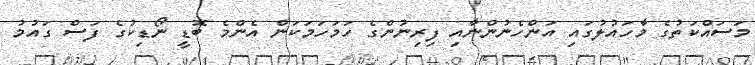
މަސައްކަތުގެ މާހައުލުގައި އަންހެނުންނާއި ފިރިނުންގެ ހަމަހަމަކަން އެންމެ ބޮޑީ ނޯޑިކުގެ ފަސް ގައުމު